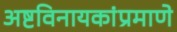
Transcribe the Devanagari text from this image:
अष्टविनायकांप्रमाणे